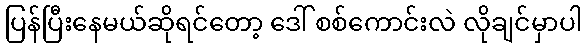
ပြန်ပြီးနေမယ်ဆိုရင်တော့ ဒေါ် စစ်ကောင်းလဲ လိုချင်မှာပါ